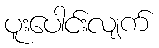
ပူးပေါင်းလျက်